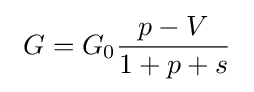
~G=G_{0}{\frac {p-V}{1+p+s}}~